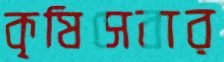
কৃষিসেবার